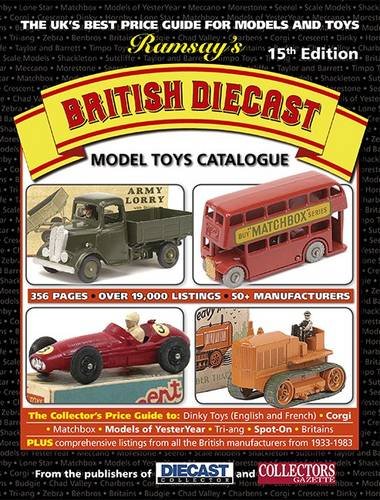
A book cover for Ramsay's British Diecast Model Toy Catalogue; Crafts, Hobbies & Home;